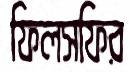
ফিলসফির